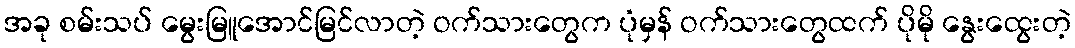
အခု စမ်းသပ် မွေးမြူအောင်မြင်လာတဲ့ ဝက်သားတွေက ပုံမှန် ဝက်သားတွေထက် ပိုမို နွေးထွေးတဲ့